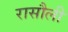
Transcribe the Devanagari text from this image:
रासौली